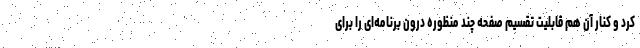
کرد و کنار آن هم قابلیت تقسیم صفحه چند منظوره درون برنامه‌ای را برای